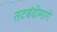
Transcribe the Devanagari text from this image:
तटबंदीमागे